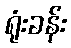
ရုံးခန်း